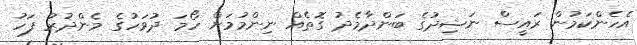
އެހެންކަމުން ރައީސް ނަޝިދުގެ ބަންދާމެދު ގޮތެއް ނިންމުމަށް ހޯމަ ދުވަހުގެ މެންދުރު ފަހު